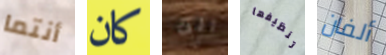
أنتما كان انت تنظيفها ألفان